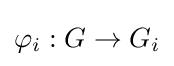
\varphi _{i}:G\rightarrow G_{i}